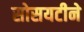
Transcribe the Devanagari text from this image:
सोसयटीने